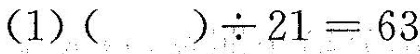
(1)$$( )÷21=63$$